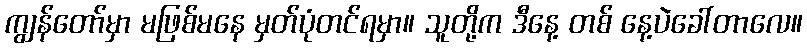
ကျွန်တော်မှာ မဖြစ်မနေ မှတ်ပုံတင်ရမှာ။ သူတို့က ဒီနေ့ တစ် နေ့ပဲခေါ်တာလေ။